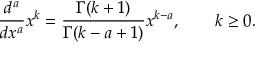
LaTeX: { \frac { d ^ { a } } { d x ^ { a } } } x ^ { k } = { \frac { \Gamma ( k + 1 ) } { \Gamma ( k - a + 1 ) } } x ^ { k - a } , \qquad k \geq 0 .